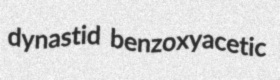
dynastid benzoxyacetic